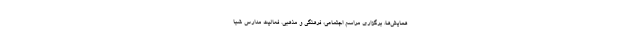
همایش‌ها، برگزاری مراسم اجتماعی، فرهنگی و مذهبی. فعالیت مدارس شبا